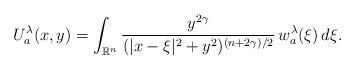
LaTeX: \begin{align*}U^\lambda_a(x,y)=\int_{\mathbb{R}^n}\frac{y^{2\gamma}}{(|x-\xi|^2+y^2)^{(n+2\gamma)/2}}\,w^\lambda_a(\xi)\,d\xi.\end{align*}